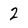
Character: 2